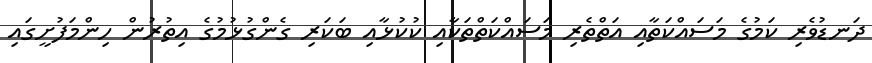
ދަނޑުވެރި ކަމުގެ މަސައްކަތާއި އަތްތެރި މަސައްކަތްތަކާއި ކުކުޅާއި ބަކަރި ގެންގުޅުމުގެ އިތުރުން ހިންމަފުށީގައި